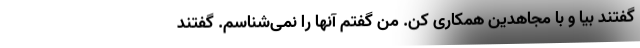
گفتند بیا و با مجاهدین همکاری کن. من گفتم آنها را نمی‌شناسم. گفتند